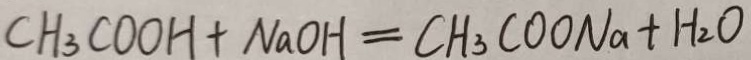
C H _ { 3 } C O O H + N a O H = C H _ { 3 } C O O N a + H _ { 2 } O